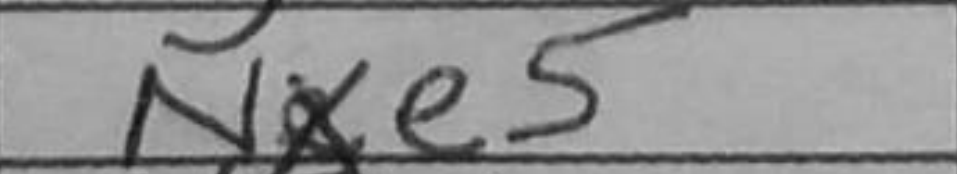
Transcription: Nxe5